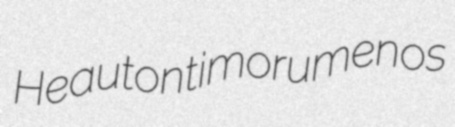
Heautontimorumenos